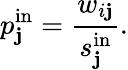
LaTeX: p_{\mathbf{j}}^{\mathrm{{in}}}=\frac{{w_{i\mathbf{j}}}}{{s_{\mathbf{j}}^{\mathrm{{in}}}}}.